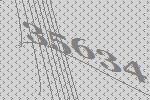
35634